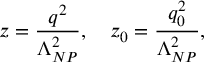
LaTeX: z = { \frac { q ^ { 2 } } { \Lambda _ { N P } ^ { 2 } } } , \quad z _ { 0 } = { \frac { q _ { 0 } ^ { 2 } } { \Lambda _ { N P } ^ { 2 } } } ,